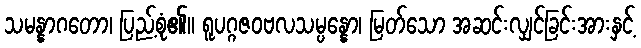
သမန္နာဂတော၊ ပြည့်စုံ၏။ ရူပဂ္ဂဇဝဗလသမ္ပန္နော၊ မြတ်သော အဆင်းလျှင်ခြင်းအားနှင့်